Source: Handwritten
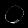
Digit: ၀ (0)